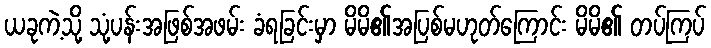
ယခုကဲ့သို့ သုံ့ပန်းအဖြစ်အဖမ်း ခံရခြင်းမှာ မိမိ၏အပြစ်မဟုတ်ကြောင်း မိမိ၏ တပ်ကြပ်